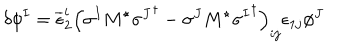
\delta \phi ^ { I } = \overline { { { \epsilon } } } _ { 2 } ^ { i } \left( \sigma ^ { I } M ^ { \star } { \sigma ^ { J } } ^ { \dagger } - \sigma ^ { J } M ^ { \star } { \sigma ^ { I } } ^ { \dagger } \right) _ { i j } \epsilon _ { 1 j } \phi ^ { J }